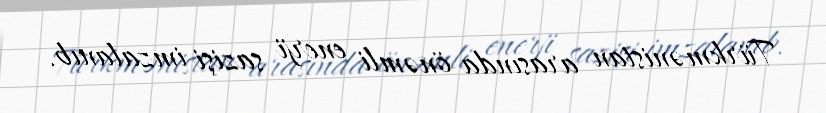
Türkmənistan arasında önəmli enerji sazişi imzalanıb.